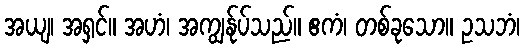
အယျ၊ အရှင်။ အဟံ၊ အကျွန်ုပ်သည်။ ဧကံ၊ တစ်ခုသော။ ဥသဘံ၊